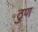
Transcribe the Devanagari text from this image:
ठुण